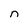
Character: n